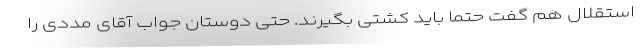
استقلال هم گفت حتما باید کشتی بگیرند. حتی دوستان جواب آقای مددی را